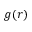
g ( r )